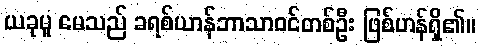
ယခုမူ မေသည် ခရစ်ယာန်ဘာသာဝင်တစ်ဦး ဖြစ်ဟန်ရှိ၏။